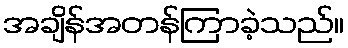
အချိန်အတန်ကြာခဲ့သည်။